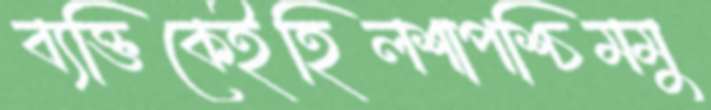
ব্যক্তিকেইহিলশাপশ্চিমমু